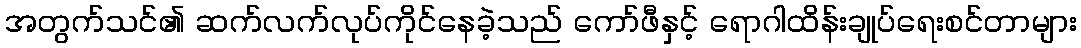
အတွက်သင်၏ ဆက်လက်လုပ်ကိုင်နေခဲ့သည် ကော်ဖီနှင့် ရောဂါထိန်းချုပ်ရေးစင်တာများ